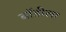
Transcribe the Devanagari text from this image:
बॉडीला